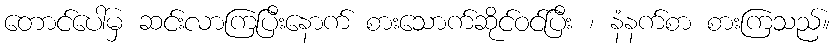
တောင်ပေါ်မှ ဆင်းလာကြပြီးနောက် စားသောက်ဆိုင်ဝင်ပြီး ၊ နံနက်စာ စားကြသည်။